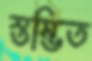
স্তম্ভিত